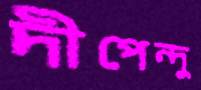
দীপেন্দু